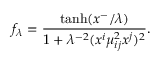
f _ { \lambda } = \frac { \operatorname { t a n h } ( x ^ { - } / \lambda ) } { 1 + \lambda ^ { - 2 } ( x ^ { i } \mu _ { i j } ^ { 2 } x ^ { j } ) ^ { 2 } } .